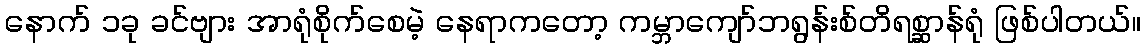
နောက် ၁ခု ခင်ဗျား အာရုံစိုက်စေမဲ့ နေရာကတော့ ကမ္ဘာကျော်ဘရွန်းစ်တိရစ္ဆာန်ရုံ ဖြစ်ပါတယ်။